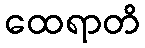
ထေရာတိ